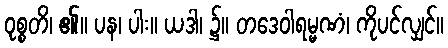
ဝုစ္စတိ၊ ၏။ ပန၊ ပါး။ ယဒါ၊ ၌။ တဒေဝါရမ္မဏံ၊ ကိုပင်လျှင်။